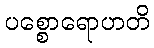
ပစ္စောရောဟတိ